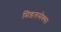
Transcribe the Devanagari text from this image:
मिडलसेक्स।